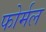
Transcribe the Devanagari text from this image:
फोर्मल